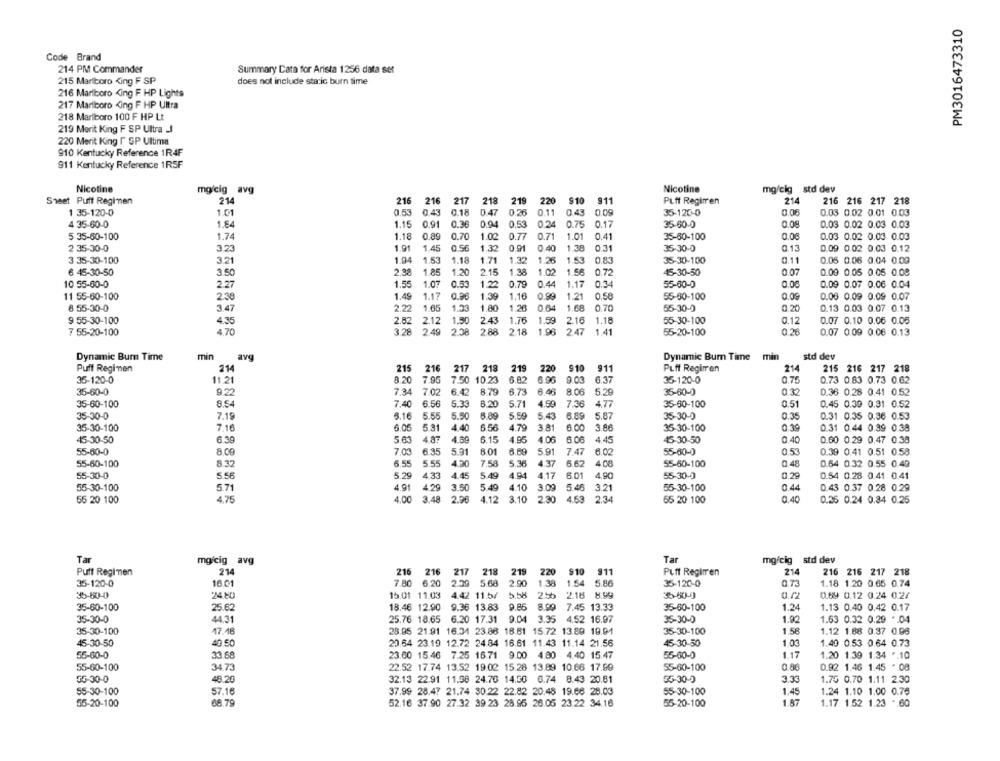
PM3016473310
Code Brand
214 PM Commander
Summary Cata for Arista 1256 data set
215 Marlboro King F SP
does not include static burn time
216 Marlboro King F HP Lights
217 Marlboro King F HP Ultra
218 Marlboro 100 F HP Lt
219 Merit King F SP Ultra
220 Merit King I SP Ultima
910 Kentucky Reference 1R4F
911 Kentucky Reference 1R5F
Nicotine
mg/cig avg
Nicotine
mg/cig std dev
$11
214
Sheet Puff Regimen
214
216 216 217
218
219
220
910
Puff Regimen
216 216 217 218
1 35-120-0
1.01
0.53
@ 43
0.18
0 47
0.26
0.11
0.43
35-120-0
0.06
0.03 0.02 0.01 0.03
4 35-60-0
1.84
1.15
0.91
0.36
0.94
0.53
0.24
0.75
0.17
35-60-0
0.08
0.03 0.02 0.03 0.03
5 35-60-100
1.74
1.18
0.89
0.70
1.02
0.77
0.71
1.01
0.41
35-60-100
0.06
0.03 0.02 0.03 0.03
2 35-30-0
3.23
1.91
1.45
0.56
1.32
0.91
0.40
1.38
0.31
35-30-0
0.13
0.09 0.02 0.03 0.12
3 35-30-100
1.94
1.53
1.18
1.71
1.36
1.53
0.83
0.11
3.21
1.32
35-30-100
0.05 0.06 0.04 0.00
6 45-30-50
3.50
2.38
1.85
1.20
2.15
1.38
1.02
1.56
0.72
45-30-50
0.07
0.00 0.05 0.05 0.08
1.17
0.34
10 55-60-0
2.27
1.55
1.07
0.53
1.22
0.79
0.44
55-60-0
0.00
0.09 0.07 0.06 0.04
11 55-60-100
2.38
1.49
1.17
1.39
1.16
0.99
1.21
0.58
55-60-100
0.00
0.06 0.09 0.09 0.07
8 55-30-0
3.47
2.22
1.65
1.33
1.80
1.26
0.64
1.68
0.70
55-30-0
0.20
0.13 0.03 0.07 0.13
9 55-30-100
2.82
2.12
2.43
1.76
2.16
1.18
55-30-100
0.12
0.07 0.10 0.06 0.05
4.35
1.50
1.59
7 55-20-100
4.70
3.28
2.49
2.38
2.88
2.18
1.98
2.47
1.41
55-20-100
0.26
0.07 0.09 0.06 0.13
Dynamic Burn Time
min
avg
Dynamic Bum Time min
std dev
Puff Regimen
214
215 216
217 218
219 220
910
911
Puff Regimen
214
215 216 217 218
35-120-0
11.21
8.20
7.95
7.50 10.23
6.82
6.96
9.03
6.37
35-120-0
0.75
0.73 0.83 0.73 0.62
35-60-0
9.22
7.34
7.02
6.42
8.79
6.73
6.46
8.06
5.29
35-60-0
0.32
0.36 0.28 0.41 0.52
35-60-100
8.54
7.40
6.56
5.33
8.20
5.71
4.99
7.36
4.77
35-60-100
0.51
0.45 0.39 0.31 0.52
35-30-0
7.19
5.16
5.55
5.50
6.89
5.59
5.43
6.89
5.87
35-30-0
0.35
0.31 0.35 0.36 0.53
35-30-100
7.16
6.05
5.31
4.40
6.56
4.79
3.81
6.00
3.86
0,39
0.31 0.44 0.39 0.38
35-30-100
45-30-50
6.39
5.63
4.87
4.89
6.15
4.95
4.06
6.06
4.45
45-30-50
0.40
0.60 0.29 0.47 0.38
6.89
5.91
55-60-0
8.09
7.03
6.35
5.31
8.01
7.47
55-60-0
0,53
0.39 0.41 0.51 0.58
55-60-100
8.37
6.55
5.55
420
7.58
5.36
4.37
5.62
4.00
55-60-100
0.48
0.64 0.32 0.55 0.49
55-30-0
5.56
5.29
4.33
4.45
5.49
4.94
4.17
6.01
4.90
55-30-0
0.29
0.54 0.28 0.41 0.41
55-30-100
5.71
4.91
4.29
3.50
5.49
4.10
3.00
5.46
3.21
55-30-100
0.44
0.43 0.37 0.28 0.29
55 20 100
4.75
4.00
3.48
2.96
4.12
3.10
2.30
4.53
234
65 20 100
0.40
0.36 0.24 0.34 0.25
Tar
mg/cig avg
Tar
mgfcig std dev
217
911
216 216 217 218
Puff Regimen
214
216 216
218 219 220 910
Puff Regimen
35-120-0
16.01
7.80 6.20
2.29
5.68
2.90
1.38
1.54
5.80
35-120-0
0.73
1.18 1.20 0.65 0.74
35-60-0
15.01 11.03
25h
0.69 0.12 0.24 0.27
24.80
4.42 11.5/ 5.58
2.16 8.99
35-50-0
35-60-100
25.62
18.46 12.90
9.36 13.83 9.85 8.99 7.45 13.33
35-60-100
1.24
1.13 0.40 0.42 0.17
35-30-0
44.31
25.76 18.65
6.20 17.31 9.04 3.35 4.52 16.97
35-30-0
1.92
1.63 0.32 0.29 ".04
35-30-100
17.16
28.95 21.91 16.34 23.86 16.61 15.72 13.89 19.01
35-30-100
1.58
1.12 1.88 0.37 0.06
45-30-50
40.50
20.64 23.19 12.72 24.84 16.61 11:43 11.14 21.56
45-30-50
1.03
1.49 0.53 0.64 0.73
33.68
23.00 15.46 7.25 16.71 9.00 4.80 4.40 15.47
1.17
1.20 1.39 1.34 *. 10
55-60-0
55-60-0
55-60-100
34.73
22.52 17.74 13.52 19:02 15.28 13.89 10.66 17.59
55-60-100
0.86
0.92 1.46 1.45 *. 08
48.20
3,33
55-30-0
32.13 22.91 11.08 24.70 14.50 0.74 8.43 20.81
35-30-0
1.75 0.70 1.11 2.30
55-30-100
57.16
37.99 28.47 21.74 30.22 22.82 20.48 19.66 28.03
55-30-100
1.45
1.24 1.10 1.00 0.76
1.87
55-20-100
68.79
52.16 37.90 27.32 39.23 28.95 26.05 23.22 34.16
55-20-100
1.17 1.52 1.23 . 60